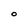
Character: O